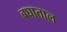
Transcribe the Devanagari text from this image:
बघाताल